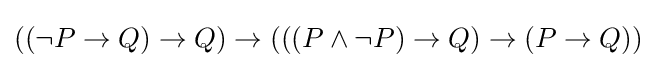
((\lnot P\to Q)\to Q)\to (((P\land \lnot P)\to Q)\to (P\to Q))